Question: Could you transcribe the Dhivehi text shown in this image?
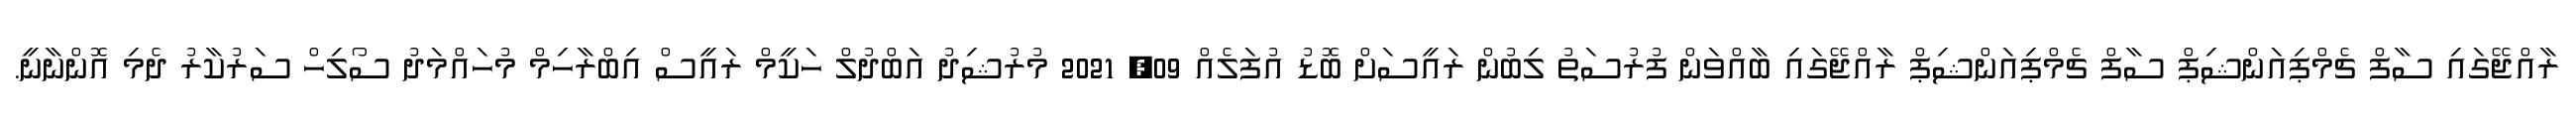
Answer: ރާއްޖޭގައި ސާފް ޗެމްޕިއަންޝިޕް ސާފް ޗެމްޕިއަންޝިޕް ރާއްޖޭގައި ބާއްވަން ފުރުސަތު ލިބުން ރައީސަށް ބޮޑު އުފަލެއް 09, 2021 މުރުޝިދު އަބްދުލް ހަކީމް ރައީސް އިބްރާހިމް މުހައްމަދު ސޯލިހް ސަރުކާރު ދެމި އޮންނާނީ.